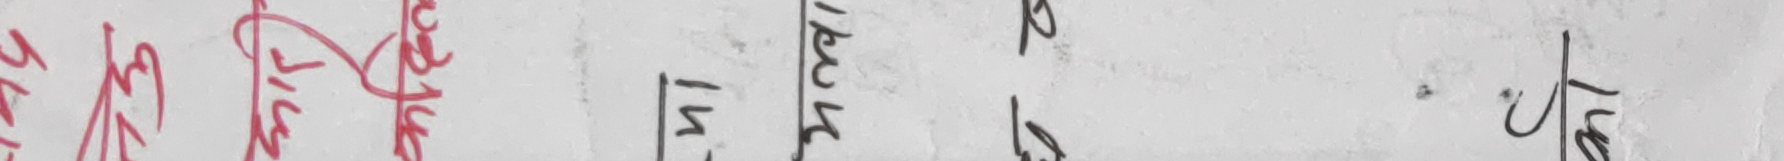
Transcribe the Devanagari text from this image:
पूज 16 मिमल पर लचह